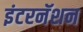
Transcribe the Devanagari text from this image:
इंटरनॅशन